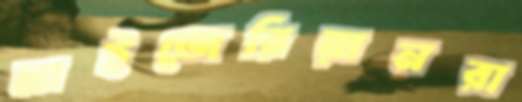
নাইজেরিয়ানরা